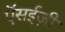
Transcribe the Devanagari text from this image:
ऍसईज़ी